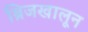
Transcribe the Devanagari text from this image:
ब्रिजखालून